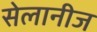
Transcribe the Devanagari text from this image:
सेलानीज